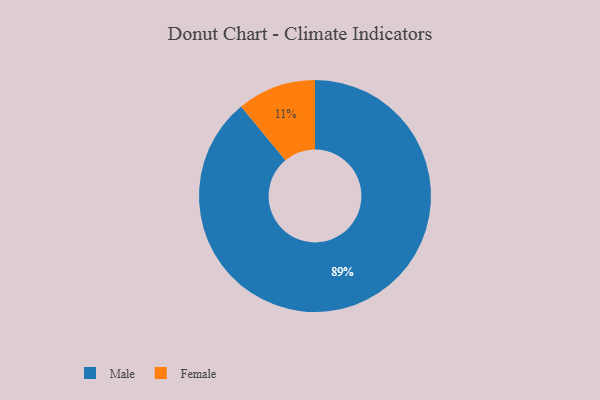
{"axis": {"x": "Category", "y": "Percentage"}, "legend": ["Female", "Male"], "data": [{"x": "Male", "y": 89, "type": "Male"}, {"x": "Female", "y": 11, "type": "Female"}]}